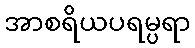
အာစရိယပရမ္ပရာ